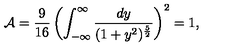
{ \cal A } = { \frac { 9 } { 1 6 } } \left( \int _ { - \infty } ^ { \infty } { \frac { d y } { ( 1 + y ^ { 2 } ) ^ { \frac { 5 } { 2 } } } } \right) ^ { 2 } = 1 ,